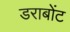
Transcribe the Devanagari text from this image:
डराबोंट